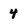
Character: 4